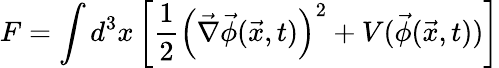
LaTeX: F=\int d^{3}x\left[\frac{1}{2}\left(\vec{\nabla}\vec{\phi}(\vec{x},t)\right)^{2}+V(\vec{\phi}(\vec{x},t))\right]